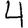
Digit: 4